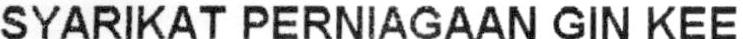
SYARIKAT PERNIAGAAN GIN KEE